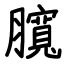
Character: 臗